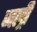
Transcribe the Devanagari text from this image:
जल्री